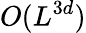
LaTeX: O(L^{3d})